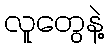
လူတွေနဲ့